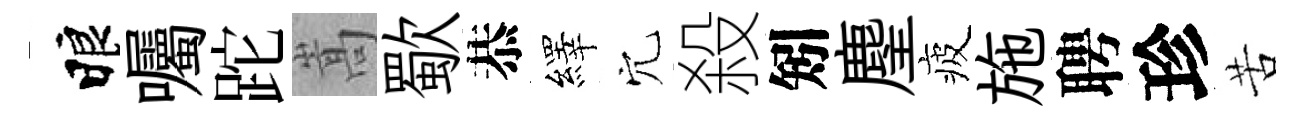
睱囑跎嵩歜恭繹穴殺矧麈疲施聘珍苦